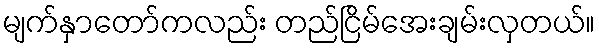
မျက်နှာတော်ကလည်း တည်ငြိမ်အေးချမ်းလှတယ်။